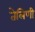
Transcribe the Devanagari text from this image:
तेलिणी